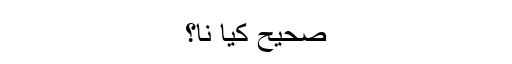
صحیح کیا نا؟